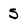
Character: 5